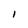
Character: I